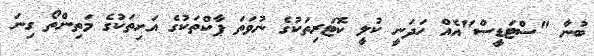
ބުނާ "ސްޓަޑީސް"އެއް ހަދަނީ ކުލީ ކޮޓަރިތަކުގެ ނުވަތަ ޕާކްތަކުގެ އަށިތަކުގެ މަތިންތޯ ގިނަ